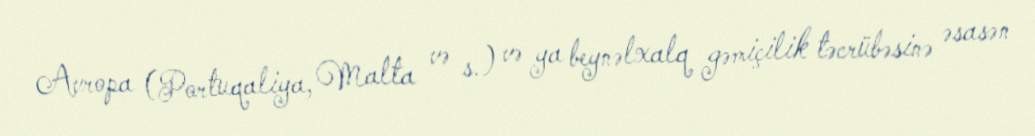
Avropa (Portuqaliya, Malta və s.) və ya beynəlxalq gəmiçilik təcrübəsinə əsasən